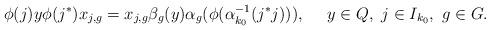
LaTeX: \begin{align*}\phi(j)y\phi(j^*)x_{j,g}=x_{j,g}\beta_g(y)\alpha_g(\phi(\alpha_{k_0}^{-1}(j^*j))),\ \ \ \ y\in Q,\ j\in I_{k_0},\ g\in G.\end{align*}